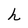
Character: h